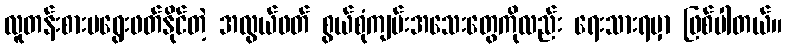
လူတန်းစားမရွေးဖတ်နိုင်တဲ့ အလွယ်ဖတ် စွယ်စုံကျမ်းအသေးတွေကိုလည်း ရေးသားရမှာ ဖြစ်ပါတယ်။